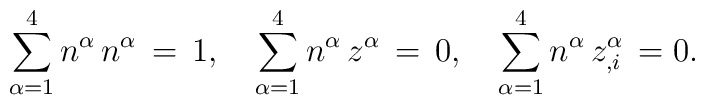
\sum_{\alpha =1}^{4} n^\alpha \,n^\alpha \,=\,1,\quad\sum_{\alpha =1}^{4}n^\alpha \,z^\alpha \,=\,0,\quad \sum_{\alpha =1}^{4}n ^\alpha \,z^\alpha _{,i}\,=0.